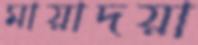
মায়াদয়া